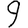
Digit: 9